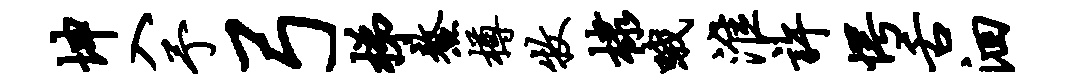
坤入予弓梯鳌樽牧棣哦淮许愕舌洄